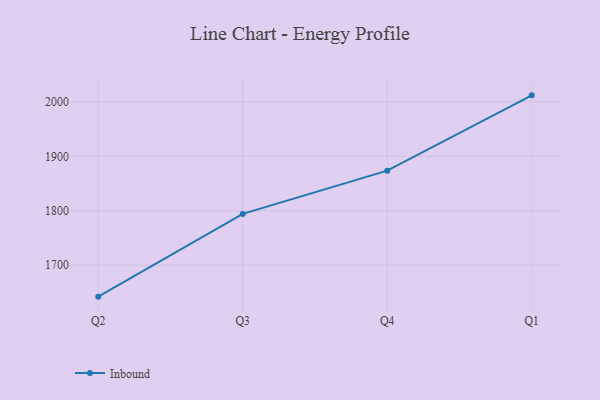
{"axis": {"x": "Quarter", "y": "Satisfaction Score"}, "legend": ["Inbound"], "data": [{"x": "Q2", "y": 1642.4, "type": "Inbound"}, {"x": "Q3", "y": 1794.3, "type": "Inbound"}, {"x": "Q4", "y": 1873.6, "type": "Inbound"}, {"x": "Q1", "y": 2011.9, "type": "Inbound"}]}